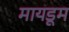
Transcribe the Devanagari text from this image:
मायडूम